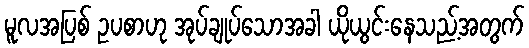
မူလအပြစ် ဥပစာဟု အုပ်ချုပ်သောအခါ ယိုယွင်းနေသည့်အတွက်